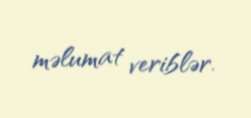
məlumat veriblər.